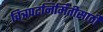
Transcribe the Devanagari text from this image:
चित्रपटनिर्मितीसाठी